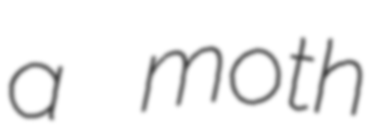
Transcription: a moth